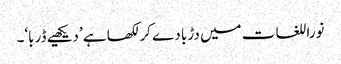
نوراللغات میں دڑبا دے کر لکھا ہے ’دیکھیے ڈربا‘۔